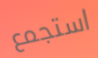
استجمع